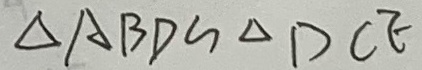
\Delta A B D \sim \Delta D C E